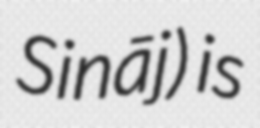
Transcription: Sināj) is